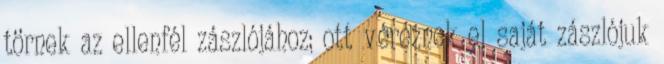
törnek az ellenfél zászlójához; ott véreznek el saját zászlójuk